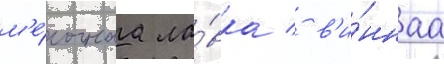
м'е́лочнаа ла́вка / в'и́ннаа